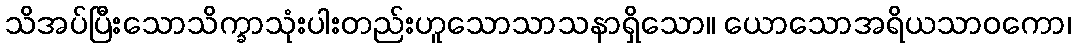
သိအပ်ပြီးသောသိက္ခာသုံးပါးတည်းဟူသောသာသနာရှိသော။ ယောသောအရိယသာဝကော၊